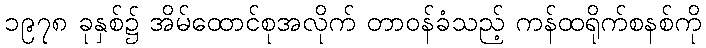
၁၉၇၈ ခုနှစ်၌ အိမ်ထောင်စုအလိုက် တာဝန်ခံသည့် ကန်ထရိုက်စနစ်ကို